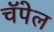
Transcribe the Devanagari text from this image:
चॅपेल